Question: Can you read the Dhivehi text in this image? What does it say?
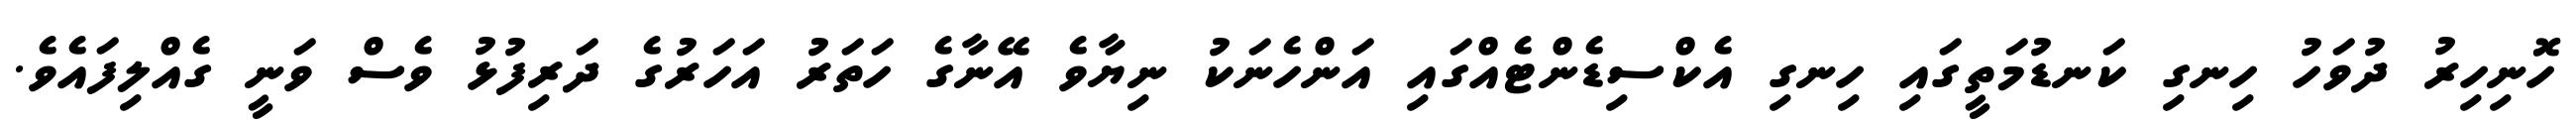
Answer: ހޮނިހިރު ދުވަހު ހިނގި ކަނޑުމަތީގައި ހިނގި އެކްސިޑެންޓެއްގައި އަންހެނަކު ނިޔާވެ އޭނާގެ ހަތަރު އަހަރުގެ ދަރިފުޅު ވެސް ވަނީ ގެއްލިފައެވެ.